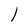
Character: l